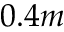
0 . 4 m